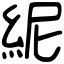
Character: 𥿡